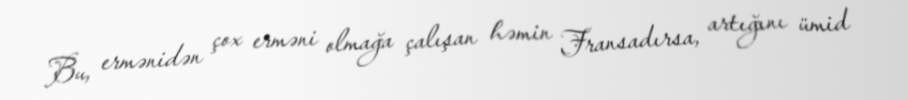
Bu, ermənidən çox erməni olmağa çalışan həmin Fransadırsa, artığını ümid